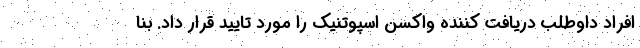
افراد داوطلب دریافت کننده واکسن اسپوتنیک را مورد تایید قرار داد. بنا